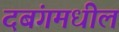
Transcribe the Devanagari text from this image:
दबंगमधील